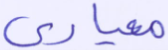
معياري